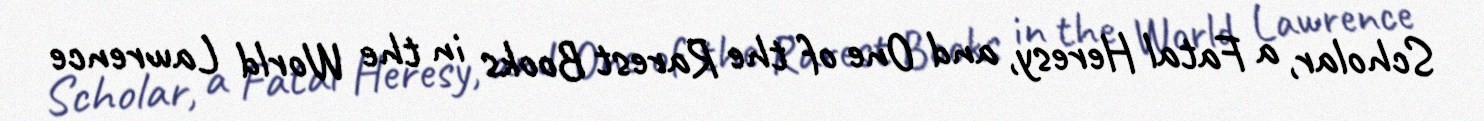
Scholar, a Fatal Heresy, and One of the Rarest Books in the World Lawrence